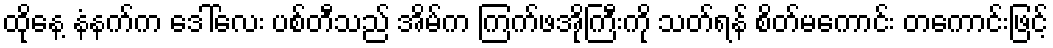
ထိုနေ့ နံနက်က ဒေါ်လေး ပစ်တီသည် အိမ်က ကြက်ဖအိုကြီးကို သတ်ရန် စိတ်မကောင်း တကောင်းဖြင့်